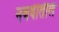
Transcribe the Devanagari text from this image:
नववीतील